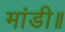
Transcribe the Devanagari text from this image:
मांडी॥